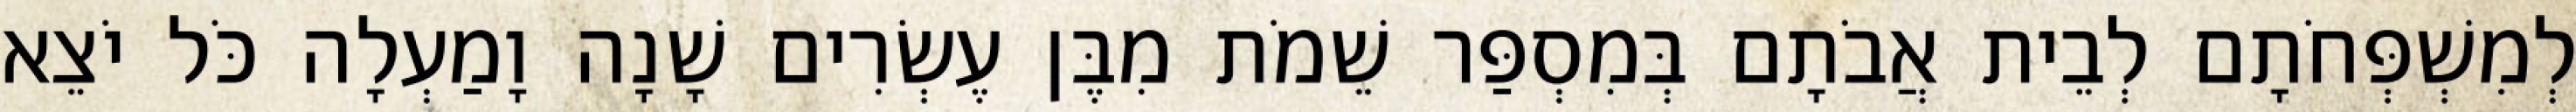
לְמִשְׁפְּחֹתָם לְבֵית אֲבֹתָם בְּמִסְפַּר שֵׁמֹת מִבֶּן עֶשְׂרִים שָׁנָה וָמַעְלָה כֹּל יֹצֵא